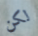
لكن